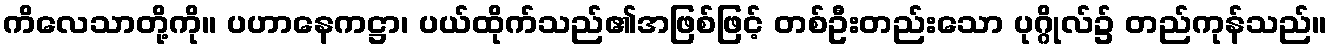
ကိလေသာတို့ကို။ ပဟာနေကဋ္ဌာ၊ ပယ်ထိုက်သည်၏အဖြစ်ဖြင့် တစ်ဦးတည်းသော ပုဂ္ဂိုလ်၌ တည်ကုန်သည်။